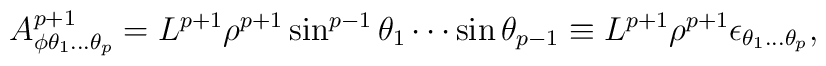
A^{p+1}_{\phi\theta_1...\theta_p}=L^{p+1}\rho^{p+1}\sin^{p-1}\theta_1\cdots\sin\theta_{p-1}\equiv L^{p+1}\rho^{p+1}\epsilon_{\theta_1...\theta_p},